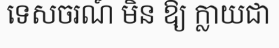
ទេសចរណ៍ មិន ឱ្យ ក្លាយជា